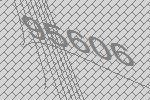
95606